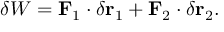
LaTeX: \delta W = \mathbf { F } _ { 1 } \cdot \delta \mathbf { r } _ { 1 } + \mathbf { F } _ { 2 } \cdot \delta \mathbf { r } _ { 2 } .